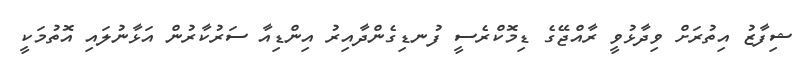
ޝިފާޒު އިތުރަށް ވިދާޅުވީ ރާއްޖޭގެ ޑިމޮކްރެސީ ފުނޑިގެންދާއިރު އިންޑިއާ ސަރުކާރުން އަޅާނުލައި އޮތުމަކީ